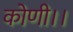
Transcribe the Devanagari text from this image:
कोणी।।